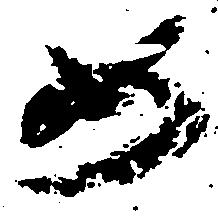
如